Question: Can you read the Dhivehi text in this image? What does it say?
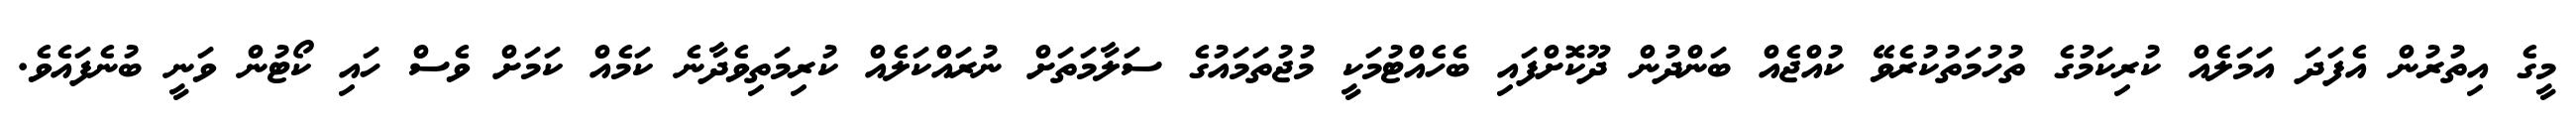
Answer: މީގެ އިތުރުން އެފަދަ އަމަލެއް ކުރިކަމުގެ ތުހުމަތުކުރެވޭ ކުއްޖެއް ބަންދުން ދޫކޮށްފައި ބެހެއްޓުމަކީ މުޖުތަމައުގެ ސަލާމަތަށް ނުރައްކަލެއް ކުރިމަތިވެދާނެ ކަމެއް ކަމަށް ވެސް ހައި ކޯޓުން ވަނީ ބުނެފައެވެ.